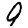
Digit: 9